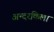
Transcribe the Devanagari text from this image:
अन्दरकिला